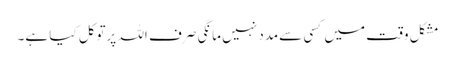
مشکل وقت میں کسی سےمدد نہیں مانگی صرف اللہ پرتوکل کیا ہے۔